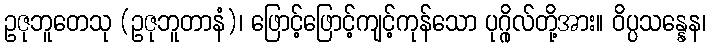
ဥဇုဘူတေသု (ဥဇုဘူတာနံ)၊ ဖြောင့်ဖြောင့်ကျင့်ကုန်သော ပုဂ္ဂိုလ်တို့အား။ ဝိပ္ပသန္နေန၊